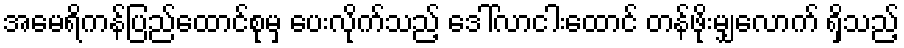
အမေရိကန်ပြည်ထောင်စုမှ ပေးလိုက်သည့် ဒေါ်လာငါးထောင် တန်ဖိုးမျှလောက် ရှိသည့်